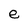
Character: e